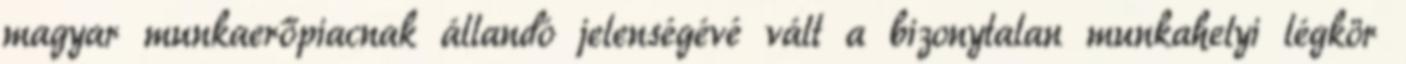
magyar munkaerőpiacnak állandó jelenségévé vált a bizonytalan munkahelyi légkör